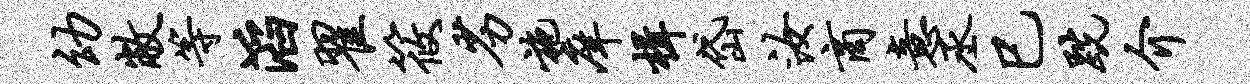
幼敝等滔翟筱劣施庠楫岱汝商意丞巳跣介